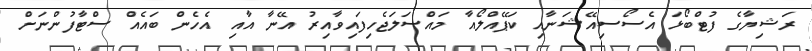
ރަޝިޔާގެ ފުޓްބޯޅަ އެސޯސިއޭޝަނާއި ކަޕޭއްލޯއާ މައްސަލަޖެހިފައިވާއިރު އޭނާ އާއި އެހެން ބައެއް ސްޓާފުންނަށް